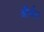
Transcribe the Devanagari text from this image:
और्वन